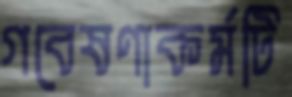
গবেষণাকর্মটি